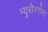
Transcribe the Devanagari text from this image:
न्युरोस्पोरा